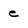
Character: e